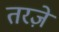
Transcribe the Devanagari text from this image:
तरज़े